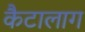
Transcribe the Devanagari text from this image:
कैटालाग